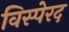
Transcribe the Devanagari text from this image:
विस्पेरद